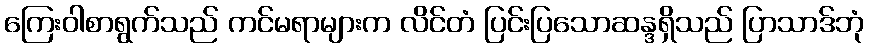
ကြေးဝါစာရွက်သည် ကင်မရာများက လိင်တံ ပြင်းပြသောဆန္ဒရှိသည် ပြာသာဒ်ဘုံ